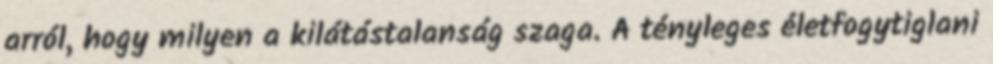
arról, hogy milyen a kilátástalanság szaga. A tényleges életfogytiglani